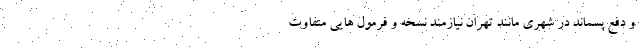
و دفع پسماند در شهری مانند تهران نیازمند نسخه و فرمول هایی متفاوت